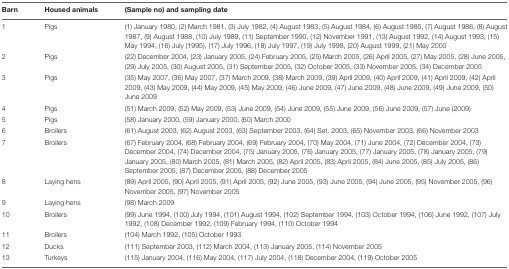
<table><thead><tr><td><b>Barn</b></td><td><b>Housed animals</b></td><td><b>(Sample no) and sampling date</b></td></tr></thead><tbody><tr><td>1</td><td>Pigs</td><td>(1) January 1980, (2) March 1981, (3) July 1982, (4) August 1983, (5) August 1984, (6) August 1985, (7) August 1986, (8) August 1987, (9) August 1988, (10) July 1989, (11) September 1990, (12) November 1991, (13) August 1992, (14) August 1993, (15) May 1994, (16) July (1995), (17) July 1996, (18) July 1997, (19) July 1998, (20) August 1999, (21) May 2000</td></tr><tr><td>2</td><td>Pigs</td><td>(22) December 2004, (23) January 2005, (24) February 2005, (25) March 2005, (26) April 2005, (27) May 2005, (28) June 2005, (29) July 2005, (30) August 2005, (31) September 2005, (32) October 2005, (33) November 2005, (34) December 2005</td></tr><tr><td>3</td><td>Pigs</td><td>(35) May 2007, (36) May 2007, (37) March 2009, (38) March 2009, (39) April 2009, (40) April 2009, (41) April 2009, (42) April 2009, (43) May 2009, (44) May 2009, (45) May 2009, (46) June 2009, (47) June 2009, (48) June 2009, (49) June 2009, (50) June 2009</td></tr><tr><td>4</td><td>Pigs</td><td>(51) March 2009, (52) May 2009, (53) June 2009, (54) June 2009, (55) June 2009, (56) June 2009, (57) June (2009)</td></tr><tr><td>5</td><td>Pigs</td><td>(58) January 2000, (59) January 2000, (60) March 2000</td></tr><tr><td>6</td><td>Broilers</td><td>(61) August 2003, (62) August 2003, (63) September 2003, (64) Set. 2003, (65) November 2003, (66) November 2003</td></tr><tr><td>7</td><td>Broilers</td><td>(67) February 2004, (68) February 2004, (69) February 2004, (70) May 2004, (71) June 2004, (72) December 2004, (73) December 2004, (74) December 2004, (75) January 2005, (76) January 2005, (77) January 2005, (78) January 2005, (79) January 2005, (80) March 2005, (81) March 2005, (82) April 2005, (83) April 2005, (84) June 2005, (85) July 2005, (86) September 2005, (87) December 2005, (88) December 2005</td></tr><tr><td>8</td><td>Laying hens</td><td>(89) April 2005, (90) April 2005, (91) April 2005, (92) June 2005, (93) June 2005, (94) June 2005, (95) November 2005, (96) November 2005, (97) November 2005</td></tr><tr><td>9</td><td>Laying hens</td><td>(98) March 2009</td></tr><tr><td>10</td><td>Broilers</td><td>(99) June 1994, (100) July 1994, (101) August 1994, (102) September 1994, (103) October 1994, (106) June 1992, (107) July 1992, (108) December 1992, (109) February 1994, (110) October 1994</td></tr><tr><td>11</td><td>Broilers</td><td>(104) March 1992, (105) October 1993</td></tr><tr><td>12</td><td>Ducks</td><td>(111) September 2003, (112) March 2004, (113) January 2005, (114) November 2005</td></tr><tr><td>13</td><td>Turkeys</td><td>(115) January 2004, (116) May 2004, (117) July 2004, (118) December 2004, (119) October 2005</td></tr></tbody></table>